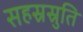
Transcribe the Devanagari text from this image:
सहस्रस्रुति